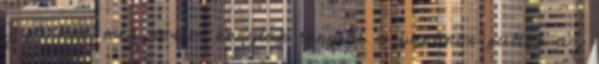
Japánban még sosem kongtak ennyire a banános pultok az